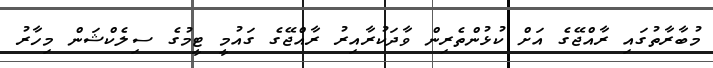
މުބާރާތުގައި ރާއްޖޭގެ އަށް ކުޅުންތެރިން ވާދަކުރާއިރު ރާއްޖޭގެ ގައުމީ ޓީމުގެ ސިލެކްޝަން މިހާރު